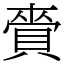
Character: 賫